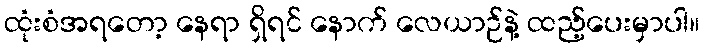
ထုံးစံအရတော့ နေရာ ရှိရင် နောက် လေယာဉ်နဲ့ ထည့်ပေးမှာပါ။